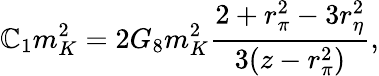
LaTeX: \mathbb{C}_{1}m_{K}^{2}={2G_{8}m_{K}^{2}}{\frac{{2+r_{\pi}^{2}-3r_{\eta}^{2}}}{{3(z-r_{\pi}^{2})}}},